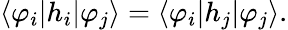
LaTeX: \langle\varphi_{i}|h_{i}|\varphi_{j}\rangle=\langle\varphi_{i}|h_{j}|\varphi_{j}\rangle.